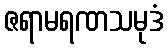
ဇရာမရဏသမုဒံ